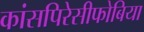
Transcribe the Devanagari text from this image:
कांसपिरेसीफोबिया